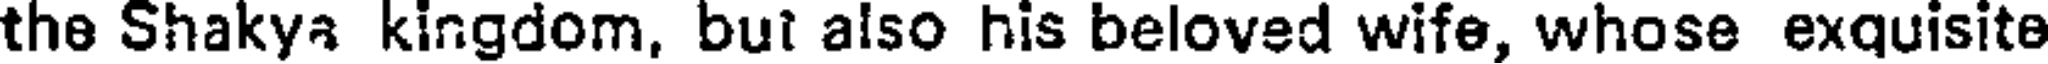
the Shakya kingdom, but also his beloved wife, whose exquisite